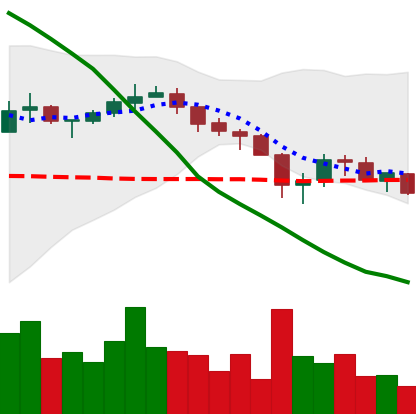
Ticker: XRP-USD
Chart end date: 2018-05-17
Forward return: -3.258%
Label: down_3_5